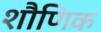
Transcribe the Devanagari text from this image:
शौणिक